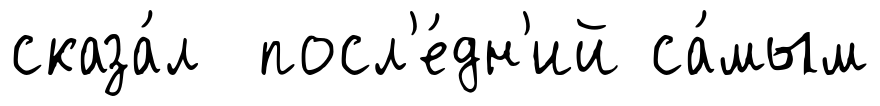
сказа́л посл'е́дн'ий са́мым